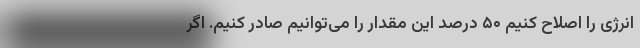
انرژی را اصلاح کنیم ۵۰ درصد این مقدار را می‌توانیم صادر کنیم. اگر